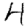
Digit: 4